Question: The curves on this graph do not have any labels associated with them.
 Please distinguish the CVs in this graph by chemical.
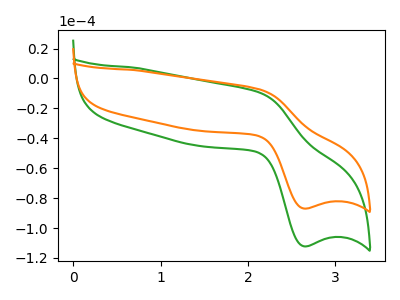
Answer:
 <answer>The green curve does not have a label. The orange curve does not have a label.</answer>
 <eval></eval>